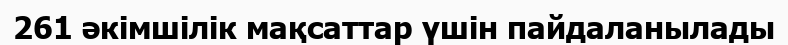
261 әкімшілік мақсаттар үшін пайдаланылады